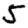
Digit: 5